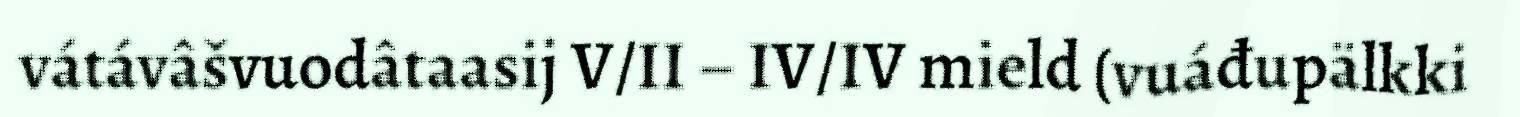
vátávâšvuodâtaasij V/II – IV/IV mield (vuáđupälkki